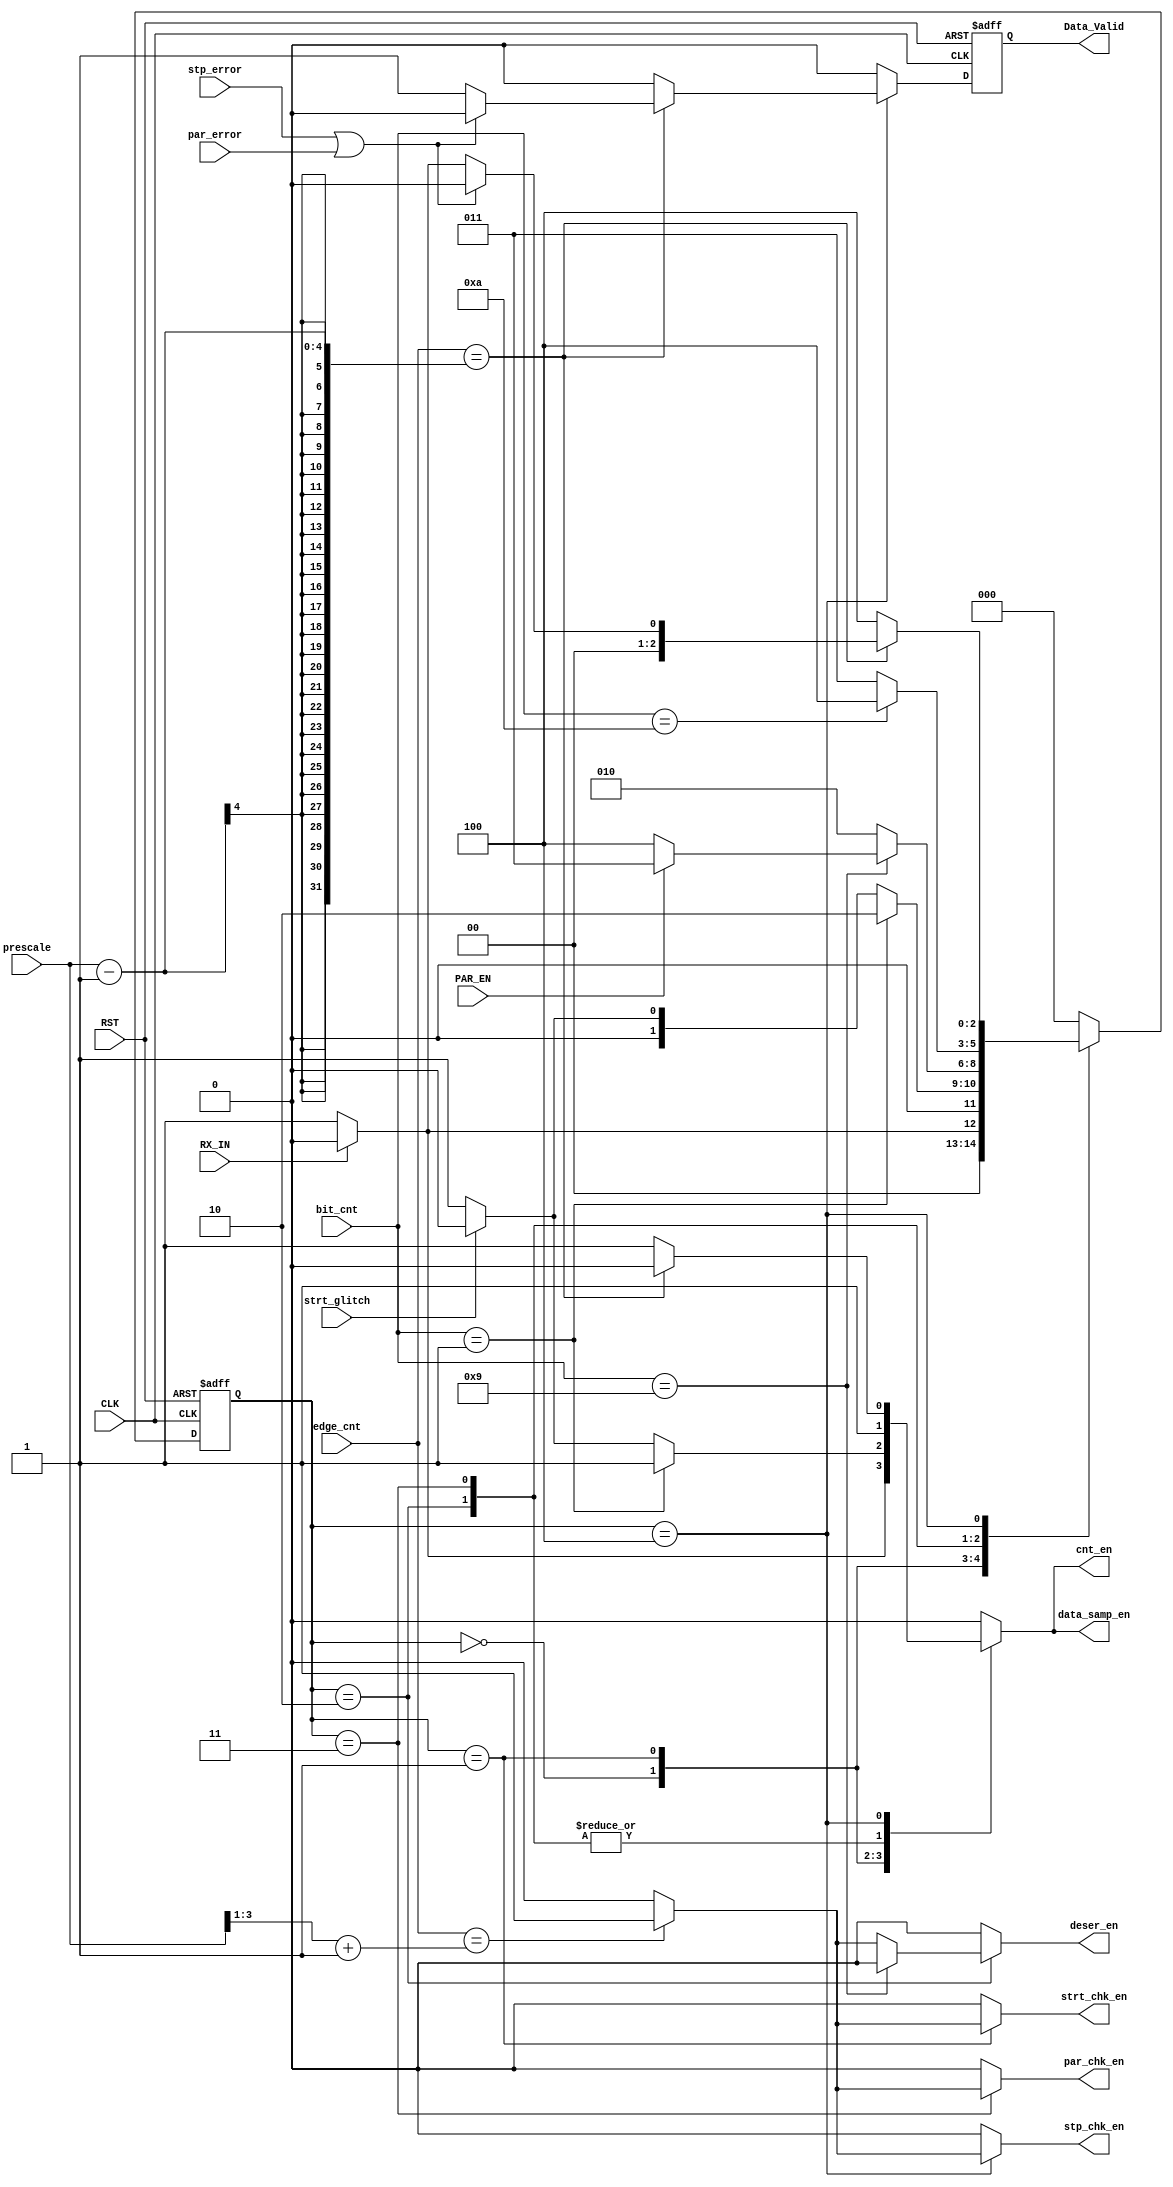
`timescale 1ns / 1ps

//////////////////////////////////////////////////////////////////////////////////
// Diploma: By Eng. Ali Mohamed Eltemsah
// Design Name: DigIC_Dip08_09_UART_RX
// Module Name: reception_controller
// Project Name: UART_RX
//////////////////////////////////////////////////////////////////////////////////


module reception_controller #(parameter PRESCALE = 8, DATA_WIDTH = 8)(
    input   wire                                CLK,
    input   wire                                RST,
    input   wire                                RX_IN,
    input   wire                                PAR_EN,
    input   wire    [$clog2(DATA_WIDTH) : 0]    bit_cnt, 
    input   wire    [$clog2(PRESCALE) : 0]      edge_cnt,
    input   wire    [$clog2(PRESCALE) : 0]      prescale,
    input   wire                                strt_glitch,
    input   wire                                stp_error,
    input   wire                                par_error,
    output  reg                                 cnt_en,
    output  reg                                 data_samp_en,
    output  reg                                 strt_chk_en,
    output  reg                                 stp_chk_en,
    output  reg                                 par_chk_en,
    output  reg                                 deser_en,
    output  wire                                Data_Valid
    );

localparam  idle    = 0,
            start   = 1,
            data    = 2,
            parity  = 3,
            stop    = 4;

           
reg     [2 : 0]                 state_reg, state_next;
reg                             Data_Valid_reg, Data_Valid_next;
wire    [$clog2(PRESCALE) : 0]  middle_sample;

always @(posedge CLK, negedge RST)
    begin
        if (~RST)
            begin
                Data_Valid_reg <= 0;
            end
        else
            begin
                Data_Valid_reg <= Data_Valid_next;
            end
    end

always @(posedge CLK, negedge RST)
    begin
        if (~RST)
            begin
                state_reg <= idle;
            end
        else
            begin
                state_reg <= state_next;
            end
    end
    
always @(*)
    begin
        state_next = state_reg;
        cnt_en = 0;
        data_samp_en = 0;
        strt_chk_en = 0;
        stp_chk_en = 0;
        par_chk_en = 0;
        deser_en = 0;
        Data_Valid_next = 0;
        case (state_reg)
            idle:
                begin
                    if (!RX_IN)
                        begin
                            cnt_en = 1;
                            data_samp_en = 1;
                            state_next = start; 
                        end
                    else
                        begin
                            state_next = idle;
                        end
                end
            start:
                begin
                    cnt_en = 1;
                    data_samp_en = 1;
                    if (edge_cnt == middle_sample + 1)
                        strt_chk_en = 1;
                    else
                        strt_chk_en = 0;
                    if (bit_cnt == 1)
                        begin
                            state_next = data;
                        end
                    else
                        begin
                             if (strt_glitch)
                                   begin
                                       state_next = idle;
                                       cnt_en = 0;
                                       data_samp_en = 0;
                                   end
                               else
                                   begin
                                       state_next = start;                                 
                                   end
                        end
                end
            data:
                begin
                    cnt_en = 1;
                    data_samp_en = 1; 
                    if (bit_cnt == 9)
                        begin
                            if (PAR_EN)
                                begin
                                    state_next = parity;
                                end
                            else
                                begin
                                    state_next = stop;
                                end
                        end
                    else
                        begin
                            if (edge_cnt == middle_sample + 1)
                                deser_en = 1;
                            else
                                deser_en = 0;
                            state_next = data;
                        end
                end
            parity:
                begin
                    cnt_en = 1;
                    data_samp_en = 1;
                    if (edge_cnt == middle_sample + 1)
                        par_chk_en = 1;
                    else
                        par_chk_en = 0;
                    if (bit_cnt == 10)
                        begin
                            state_next = stop;
                        end
                    else
                        begin
                            state_next = parity;
                        end
                end
            stop:
                begin
                    cnt_en = 1;
                    data_samp_en = 1;
                    if (edge_cnt == middle_sample + 1)
                        stp_chk_en = 1;
                    else
                        stp_chk_en = 0;
                    if (edge_cnt == (prescale - 1))
                        begin
                            cnt_en = 0;
                            data_samp_en = 0; 
                            if (stp_error || par_error)
                                begin
                                    Data_Valid_next = 0;
                                    state_next = idle;
                                end
                            else if (!RX_IN)
                                begin 
                                    state_next = start;
                                    Data_Valid_next = 1;
                                end
                            else
                                begin
                                    state_next = idle;
                                    Data_Valid_next = 1;
                                end
                        end
                    else
                        begin
                            state_next = stop;
                        end
                end
            default:
                begin
                    state_next = idle;
                    cnt_en = 0;
                    data_samp_en = 0;
                    strt_chk_en = 0;
                    stp_chk_en = 0;
                    par_chk_en = 0;
                    deser_en = 0;
                    Data_Valid_next = 0;
                end
        endcase
    end

assign middle_sample = (prescale >> 1); 
assign Data_Valid = Data_Valid_reg;
endmodule